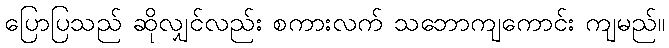
ပြောပြသည် ဆိုလျှင်လည်း စကားလက် သဘောကျကောင်း ကျမည်။